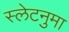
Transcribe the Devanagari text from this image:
स्लेटनुमा